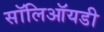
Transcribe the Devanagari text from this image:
सॉलिऑयडी